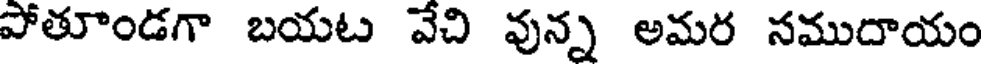
పోతూండగా బయట వేచి వున్న అమర సముదాయం